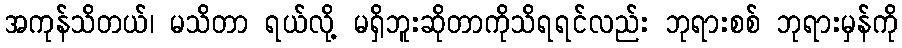
အကုန်သိတယ်၊ မသိတာ ရယ်လို့ မရှိဘူးဆိုတာကိုသိရရင်လည်း ဘုရားစစ် ဘုရားမှန်ကို